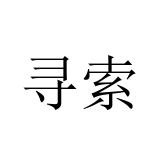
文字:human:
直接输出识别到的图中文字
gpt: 寻索